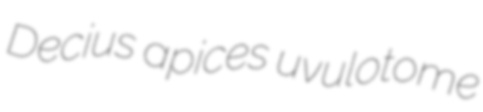
Decius apices uvulotome